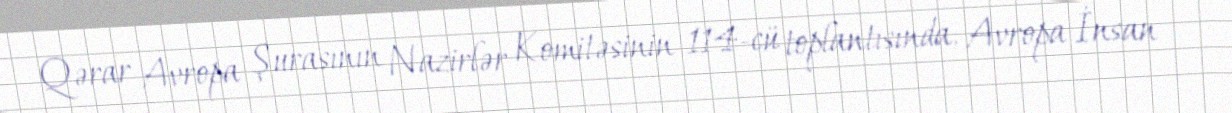
Qərar Avropa Şurasının Nazirlər Komitəsinin 114-cü toplantısında, Avropa İnsan